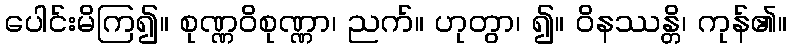
ပေါင်းမိကြ၍။ စုဏ္ဏဝိစုဏ္ဏာ၊ ညက်။ ဟုတွာ၊ ၍။ ဝိနဿန္တိ၊ ကုန်၏။